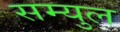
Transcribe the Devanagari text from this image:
सम्युल